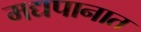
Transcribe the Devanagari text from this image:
मद्यपानात